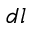
d l